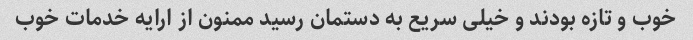
خوب و تازه بودند و خیلی سریع به دستمان رسید ممنون از ارایه خدمات خوب